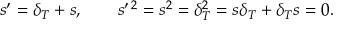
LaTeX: s ^ { \prime } = \delta _ { T } + s , \quad \quad s ^ { \prime \, 2 } = s ^ { 2 } = \delta _ { T } ^ { 2 } = s \delta _ { T } + \delta _ { T } s = 0 .